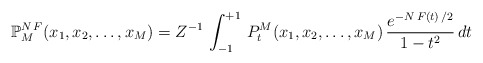
\begin{align*}\mathbb{P}_{M}^{N\,F}(x_{1},x_{2},\ldots,x_{M})=Z^{-1}\,\int_{-1}^{+1}\,P_{t}^{M}(x_{1},x_{2},\ldots ,x_{M})\,\frac{e^{-N\,F(t)\,/2}}{1-t^{2}}\,dt~\ \end{align*}